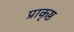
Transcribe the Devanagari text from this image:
प्राकृष्ठ